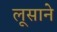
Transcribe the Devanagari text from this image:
लूसाने